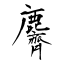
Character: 麡